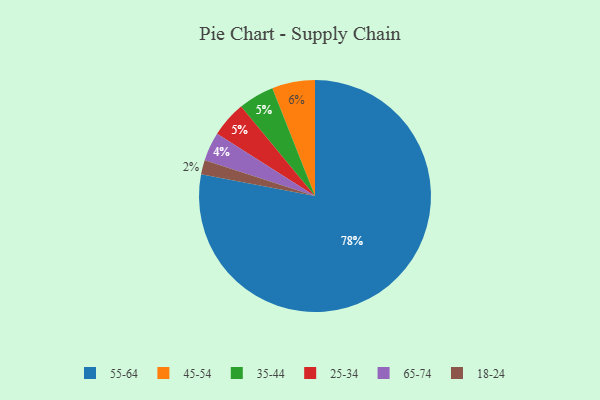
{"axis": {"x": "Category", "y": "Percentage"}, "legend": ["18-24", "25-34", "35-44", "45-54", "55-64", "65-74"], "data": [{"x": "18-24", "y": 2, "type": "18-24"}, {"x": "35-44", "y": 5, "type": "35-44"}, {"x": "65-74", "y": 4, "type": "65-74"}, {"x": "45-54", "y": 6, "type": "45-54"}, {"x": "55-64", "y": 78, "type": "55-64"}, {"x": "25-34", "y": 5, "type": "25-34"}]}